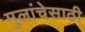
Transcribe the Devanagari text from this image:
मुलांचेसाठी